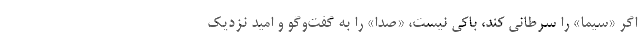
اگر «سيما» را سرطاني كند، باكي نيست، «صدا» را به گفت‌وگو و اميد نزديك